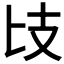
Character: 𢺵